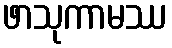
ဖာသုကာမဿ